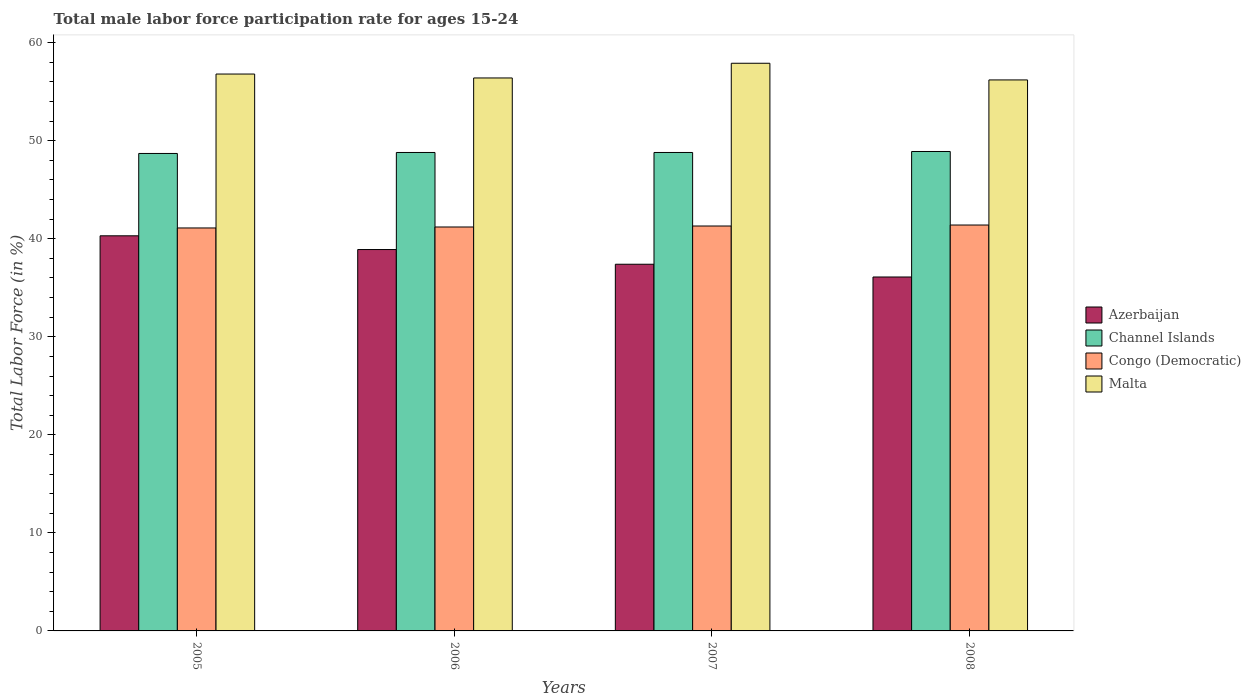
| Years | Azerbaijan | Channel Islands | Congo (Democratic) | Malta |
 | --- | --- | --- | --- | --- |
 | 2005 | 40.3 | 48.7 | 41.1 | 56.8 |
 | 2006 | 38.9 | 48.8 | 41.2 | 56.4 |
 | 2007 | 37.4 | 48.8 | 41.3 | 57.9 |
 | 2008 | 36.1 | 48.9 | 41.4 | 56.2 |